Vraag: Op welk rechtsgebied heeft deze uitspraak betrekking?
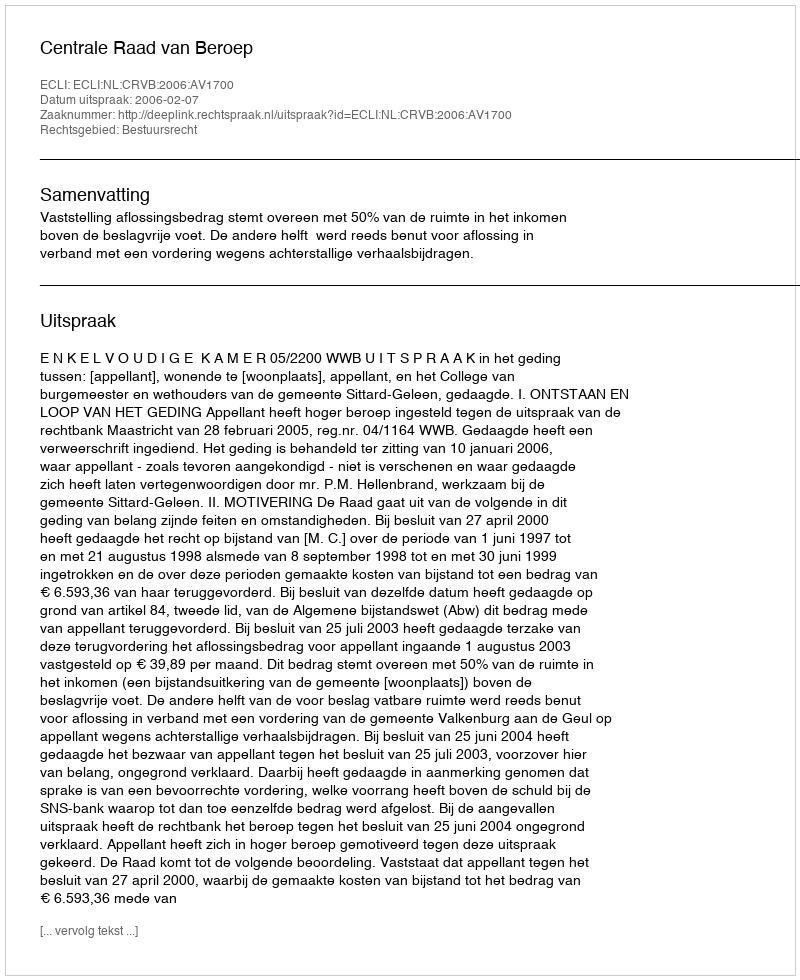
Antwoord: Bestuursrecht